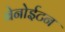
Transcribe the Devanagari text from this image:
बेनोईटन